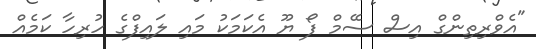
"އެވްރިތިންގް އިސް ސޭމް ފޯ ޔޫ އެކަމަކު މައި ލައިފްގެ ހުރިހާ ކަމެއް